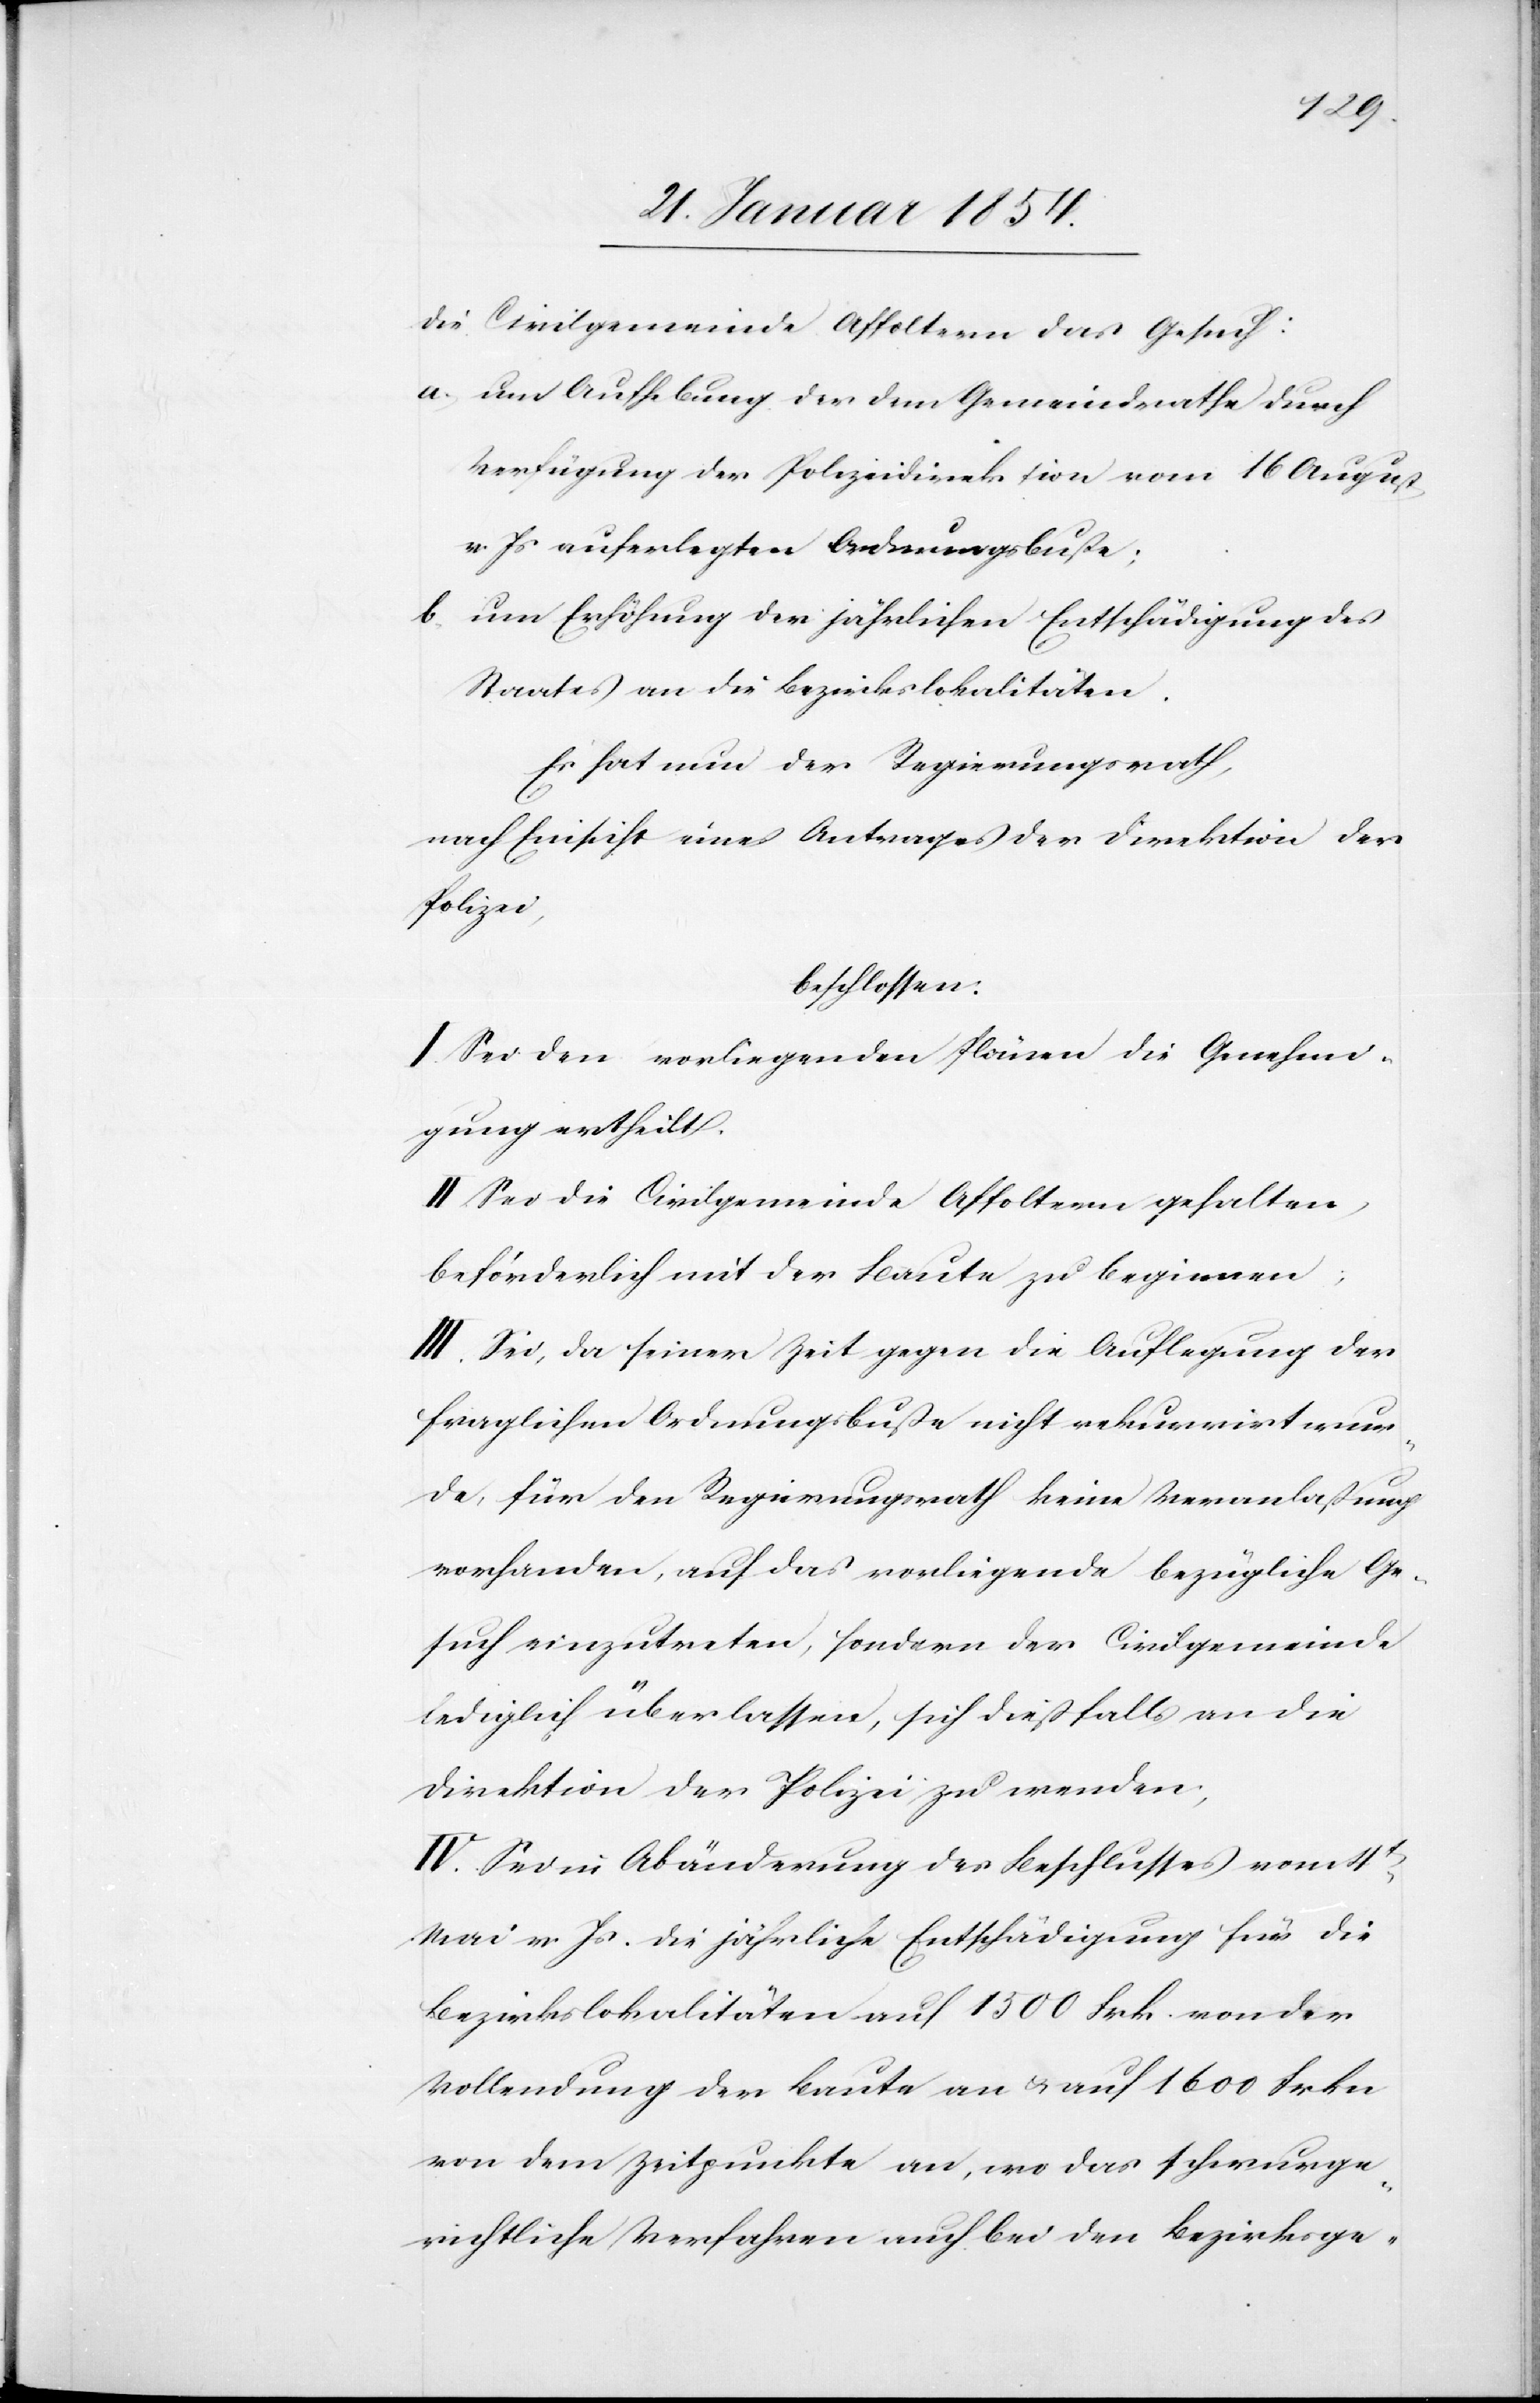
die Civilgemeinde Affoltern das Gesuch:
a. um Aufhebung der dem Gemeindrathe durch
Verfügung der Polizeidirektion vom 16 August
v. Js auferlegten Ordnungsbuße;
b. um Erhöhung der jährlichen Entschädigung des
Staates an die Bezirkslokalitäten.
Es hat nun der Regierungsrath,
nach Einsicht eines Antrages der Direktion der
Polizei,
beschlossen:
I. Sei den vorliegenden Plänen die Genehmi¬
gung ertheilt.
II. Sei die Civilgemeinde Affoltern gehalten,
beförderlich mit der Baute zu beginnen;
III. Sei, da seiner Zeit gegen die Auflegung der
fraglichen Ordnungsbuße nicht rekurrirt wur¬
de, für den Regierungsrath keine Veranlaßung
vorhanden, auf das vorliegende bezügliche Ge¬
such einzutreten, sondern der Civilgemeinde
lediglich überlassen, sich dießfalls an die
Direktion der Polizei zu wenden,
IV. Sei in Abänderung des Beschlusses vom 4t
Mai v. Js die jährliche Entschädigung für die
Bezirkslokalitäten auf 1500 Frk. von der
Vollendung der Baute an u. auf 1600 Frkn
von dem Zeitpunkte an, wo das schwurge¬
richtliche Verfahren auch bei den Bezirksge-